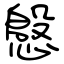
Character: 慇